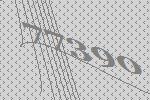
77390